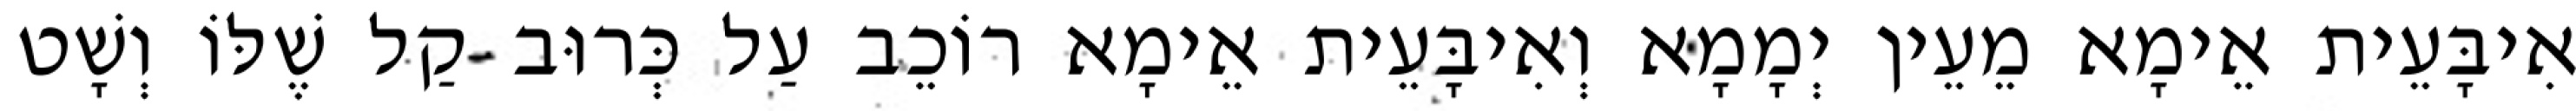
אִיבָּעֵית אֵימָא מֵעֵין יְמָמָא וְאִיבָּעֵית אֵימָא רוֹכֵב עַל כְּרוּב קַל שֶׁלּוֹ וְשָׁט